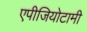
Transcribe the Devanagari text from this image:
एपीजियोटामी